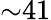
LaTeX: {\sim}41